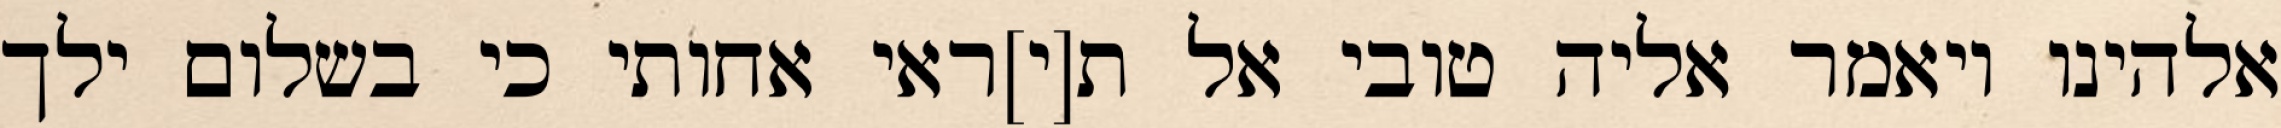
אלהינו ויאמר אליה טובי אל ת[י]ראי אחותי כי בשלום ילך